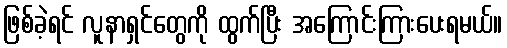
ဖြစ်ခဲ့ရင် လူနာရှင်တွေကို ထွက်ပြီး အကြောင်းကြားပေးရမယ်။